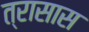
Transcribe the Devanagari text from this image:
त्रासास